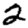
Digit: 2